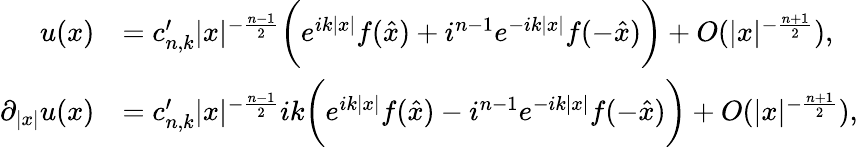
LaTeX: \begin{array}{rl}{u(x)}&{=c_{n,k}^{\prime}|x|^{-\frac{n-1}{2}}\bigg(e^{ik|x|}f(\hat{x})+i^{n-1}e^{-ik|x|}f(-\hat{x})\bigg)+O(|x|^{-\frac{n+1}{2}}),}\\ {\partial_{|x|}u(x)}&{=c_{n,k}^{\prime}|x|^{-\frac{n-1}{2}}ik\bigg(e^{ik|x|}f(\hat{x})-i^{n-1}e^{-ik|x|}f(-\hat{x})\bigg)+O(|x|^{-\frac{n+1}{2}}),}\end{array}